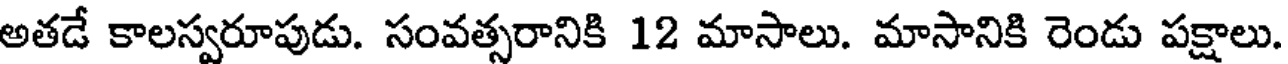
అతడే కాలస్వరూపుడు. సంవత్సరానికి 12 మాసాలు. మాసానికి రెండు పక్షాలు.